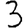
Digit: 3